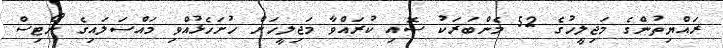
ރައްޔިތުންގެ މަޖިލީހުގެ 52 މެންބަރަކު ސޮއި ކުރައްވާ މަޖިލީހަށް ހުށަހެޅުއްވި މައްސަލައިގެ ނޯޓިސް